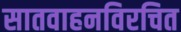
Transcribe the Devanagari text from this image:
सातवाहनविरचित